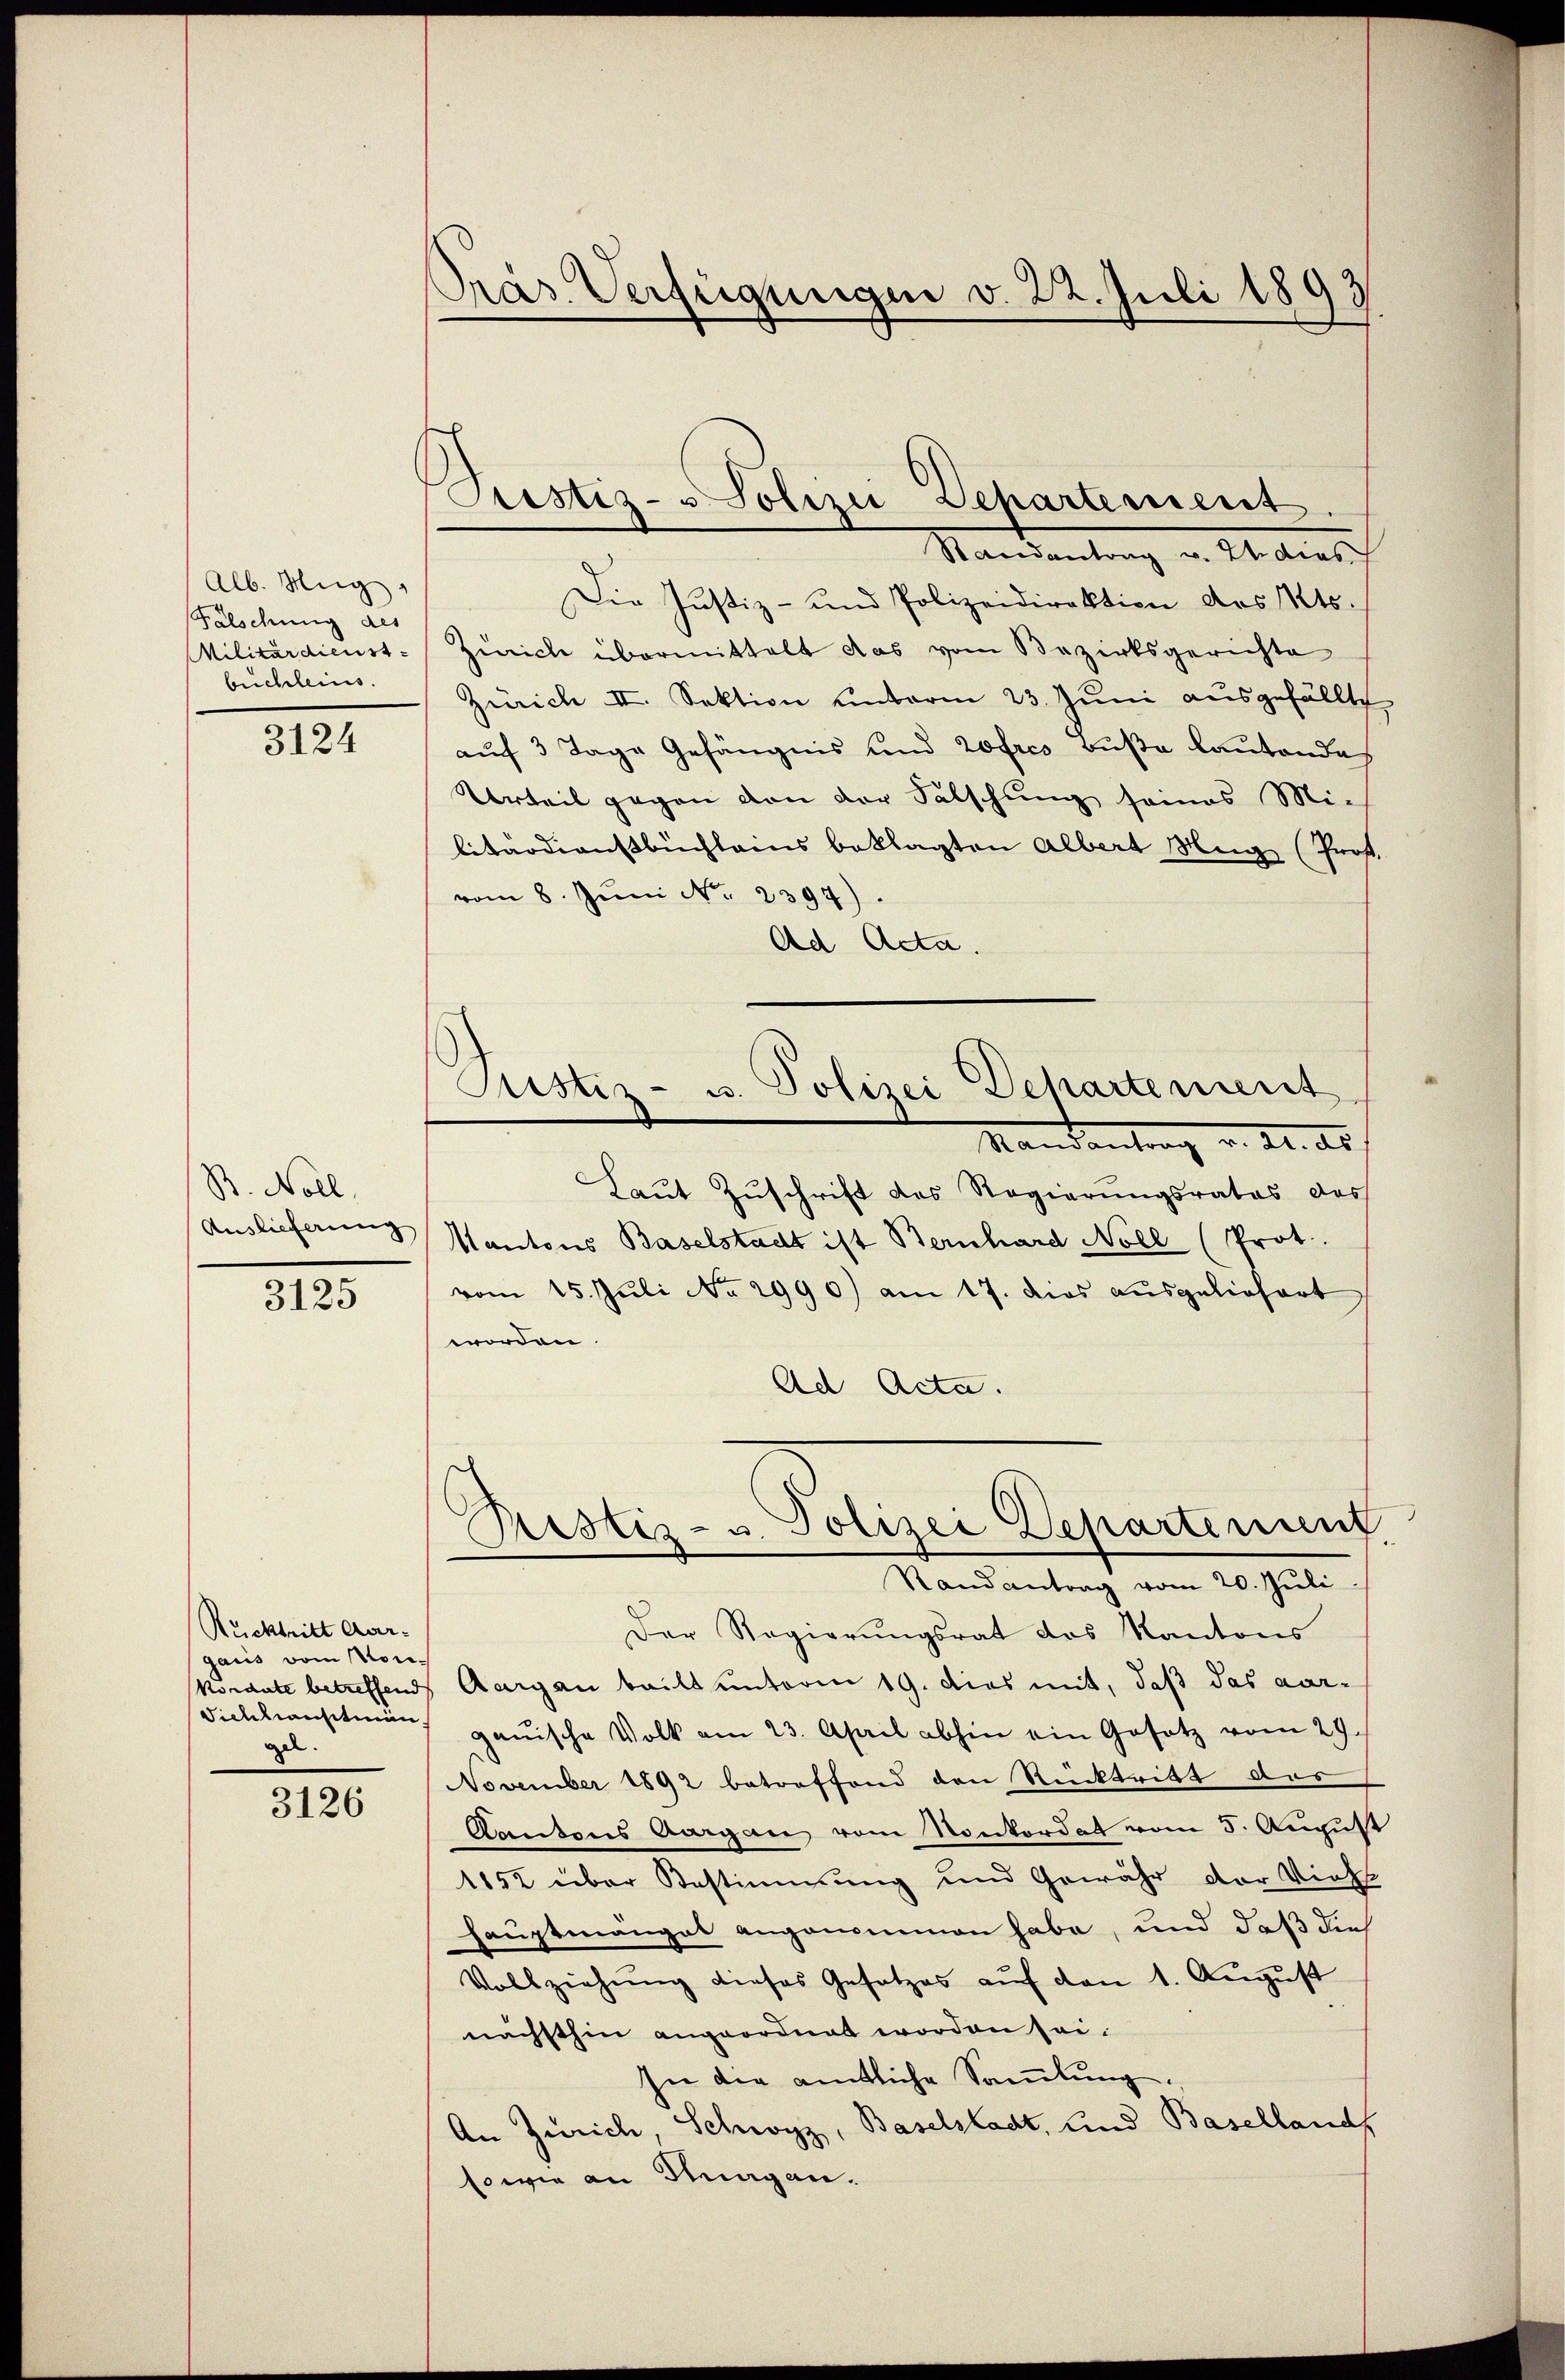
Alb. Ung.
Falschung des
Militärdienst
buchleins.

3124

B. Noll,
Auslieferung
3125

Rücktritt Aar-
gaus vom Non.
Tichlanstein
gel.

3126

Präs. Verfügungen v. 22. Juli 1893

Prestiz- & Polizei Departement
.

Justiz- u. Polizei Departement

Randantrag v. Zdias
Die Justiz- und Polizeidirektion des Kts.
Zürich übermittelt das vom Bezirksgerichte
Zürich II. Sektion unterm 23. Juni ausgefällte
auf 3 Tage Gefängnis und 20fres Buße kanton des
Urteil gegen von der Salschung seines Mi-
litärdienstbuchleins beklagten Albert Hug (Prof.
vom 8. Jŭni N. 2397).
Ad Acta.
Mandantrag v. 24. ds.
Laut Zuschrift des Regierungsrates des
Mantons Baselstadt ist Bernhard Noll (Prot.
vom 15. Jŭli No 2990) am 17. dies aŭsgeliefert
worden.
Ad Acta.
Ristiz- u. Polizei Departement
Randantrag vom 20. Juli
Der Regierungsrat des Kantons
kordate betreffend Aargau bailt unterm 19. dies mit, daß das vor-
ganische Volk am 23. April abhin ein Gesetz vom 29.
November 1892 betreffend den Rücktritt des
Kantons Aargau vom Konkordat vom 5. August
1852 über Bestimmung und Gewähr der Viehs
hauptmanget angenommen habe, und daß die
Vollziehung dieses Gesetzes auf den 1. August
nächsthin angeordnet worden sei.
In die amtliche Samlung.
An Zürich, Schwyz, Baselstadt, und Basellands
sowie an Magen.